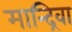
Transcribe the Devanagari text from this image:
मान्द्रिवा